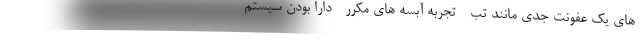
های یک عفونت جدی مانند تب - تجربه آبسه های مکرر - دارا بودن سیستم